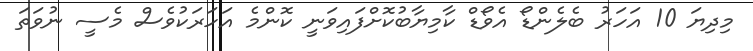
މިދިޔަ 10 އަހަރު ބެލެންޑޯ އެވޯޑް ކާމިޔާބުކޮށްފައިވަނީ ކޮންމެ އަހަރަކުވެސް މެސީ ނުވަތަ